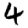
Digit: 4